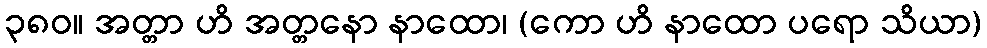
၃၈၀။ အတ္တာ ဟိ အတ္တနော နာထော၊ (ကော ဟိ နာထော ပရော သိယာ)